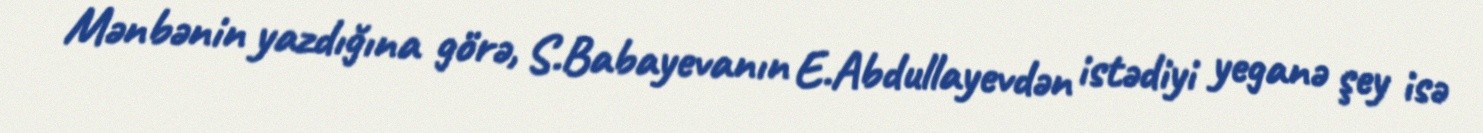
Mənbənin yazdığına görə, S.Babayevanın E.Abdullayevdən istədiyi yeganə şey isə